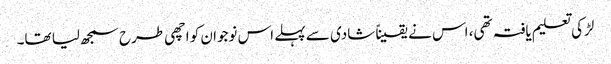
لڑکی تعلیم یافتہ تھی، اس نے یقیناً شادی سے پہلے اس نوجوان کو اچھی طرح سمجھ لیا تھا۔